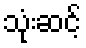
သုံးဆင့်